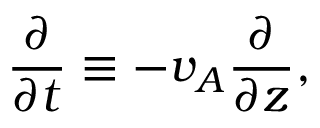
\frac { \partial } { \partial t } \equiv - v _ { A } \frac { \partial } { \partial z } ,